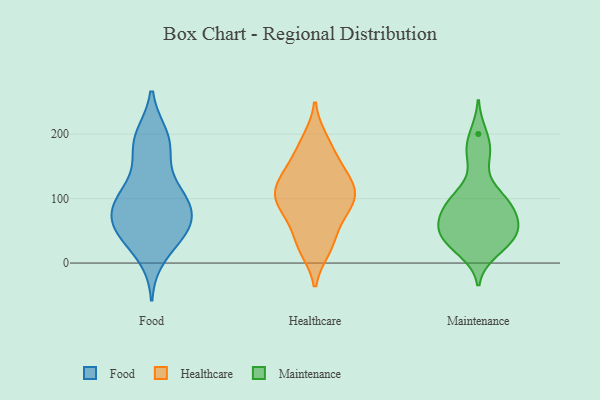
{"axis": {"x": "Page Views", "y": "Value"}, "legend": ["Food", "Healthcare", "Maintenance"], "data": [{"x": "", "y": 170, "type": "Food"}, {"x": "", "y": 96, "type": "Food"}, {"x": "", "y": 102, "type": "Food"}, {"x": "", "y": 181, "type": "Food"}, {"x": "", "y": 12, "type": "Food"}, {"x": "", "y": 101, "type": "Food"}, {"x": "", "y": 53, "type": "Food"}, {"x": "", "y": 47, "type": "Food"}, {"x": "", "y": 56, "type": "Food"}, {"x": "", "y": 48, "type": "Food"}, {"x": "", "y": 196, "type": "Food"}, {"x": "", "y": 102, "type": "Food"}, {"x": "", "y": 61, "type": "Food"}, {"x": "", "y": 106, "type": "Food"}, {"x": "", "y": 67, "type": "Food"}, {"x": "", "y": 194, "type": "Food"}, {"x": "", "y": 105, "type": "Healthcare"}, {"x": "", "y": 138, "type": "Healthcare"}, {"x": "", "y": 113, "type": "Healthcare"}, {"x": "", "y": 184, "type": "Healthcare"}, {"x": "", "y": 85, "type": "Healthcare"}, {"x": "", "y": 119, "type": "Healthcare"}, {"x": "", "y": 80, "type": "Healthcare"}, {"x": "", "y": 22, "type": "Healthcare"}, {"x": "", "y": 90, "type": "Healthcare"}, {"x": "", "y": 64, "type": "Healthcare"}, {"x": "", "y": 151, "type": "Healthcare"}, {"x": "", "y": 152, "type": "Healthcare"}, {"x": "", "y": 105, "type": "Healthcare"}, {"x": "", "y": 34, "type": "Healthcare"}, {"x": "", "y": 191, "type": "Healthcare"}, {"x": "", "y": 26, "type": "Healthcare"}, {"x": "", "y": 117, "type": "Healthcare"}, {"x": "", "y": 18, "type": "Maintenance"}, {"x": "", "y": 70, "type": "Maintenance"}, {"x": "", "y": 65, "type": "Maintenance"}, {"x": "", "y": 95, "type": "Maintenance"}, {"x": "", "y": 165, "type": "Maintenance"}, {"x": "", "y": 45, "type": "Maintenance"}, {"x": "", "y": 46, "type": "Maintenance"}, {"x": "", "y": 99, "type": "Maintenance"}, {"x": "", "y": 39, "type": "Maintenance"}, {"x": "", "y": 102, "type": "Maintenance"}, {"x": "", "y": 69, "type": "Maintenance"}, {"x": "", "y": 104, "type": "Maintenance"}, {"x": "", "y": 200, "type": "Maintenance"}, {"x": "", "y": 174, "type": "Maintenance"}, {"x": "", "y": 68, "type": "Maintenance"}, {"x": "", "y": 31, "type": "Maintenance"}, {"x": "", "y": 32, "type": "Maintenance"}]}